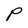
Character: P